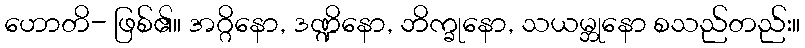
ဟောတိ- ဖြစ်၏။ အဂ္ဂိနော, ဒဏ္ဍိနော, ဘိက္ခုနော, သယမ္ဘုနော စသည်တည်း။